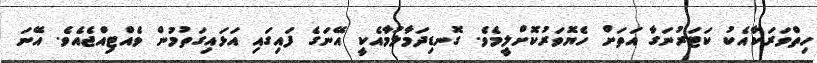
ހިތްވަރަކާއެކު ކަޓަރުނަގާ އަތަށް ހެޔޮވަރުކޮށްލީމެވެ. ގޮނޑިދަމާލުމާއެކީ އޭނަގެ ފައިގައި އަޅައިގަތުމުން ވެއްޓިއްޖެއެވެ. އޭނަ